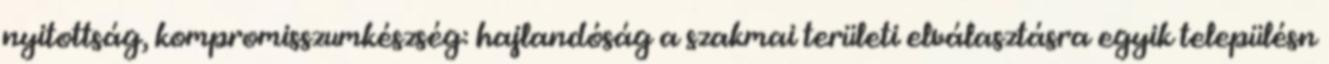
nyitottság, kompromisszumkészség: hajlandóság a szakmai területi elválasztásra egyik településn